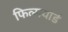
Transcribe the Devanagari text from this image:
फिल्मयार्ड